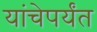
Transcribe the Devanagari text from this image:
यांचेपर्यंत